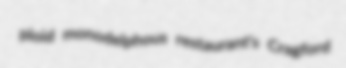
ploid monodelphous restaurant's Cragford